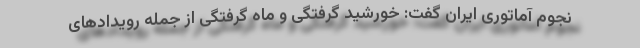
نجوم آماتوری ایران گفت: خورشید گرفتگی و ماه گرفتگی از جمله رویدادهای